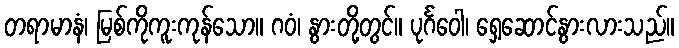
တရာမာနံ၊ မြစ်ကိုကူးကုန်သော။ ဂဝံ၊ နွားတို့တွင်။ ပုင်္ဂဝေါ၊ ရှေ့ဆောင်နွားလားသည်။